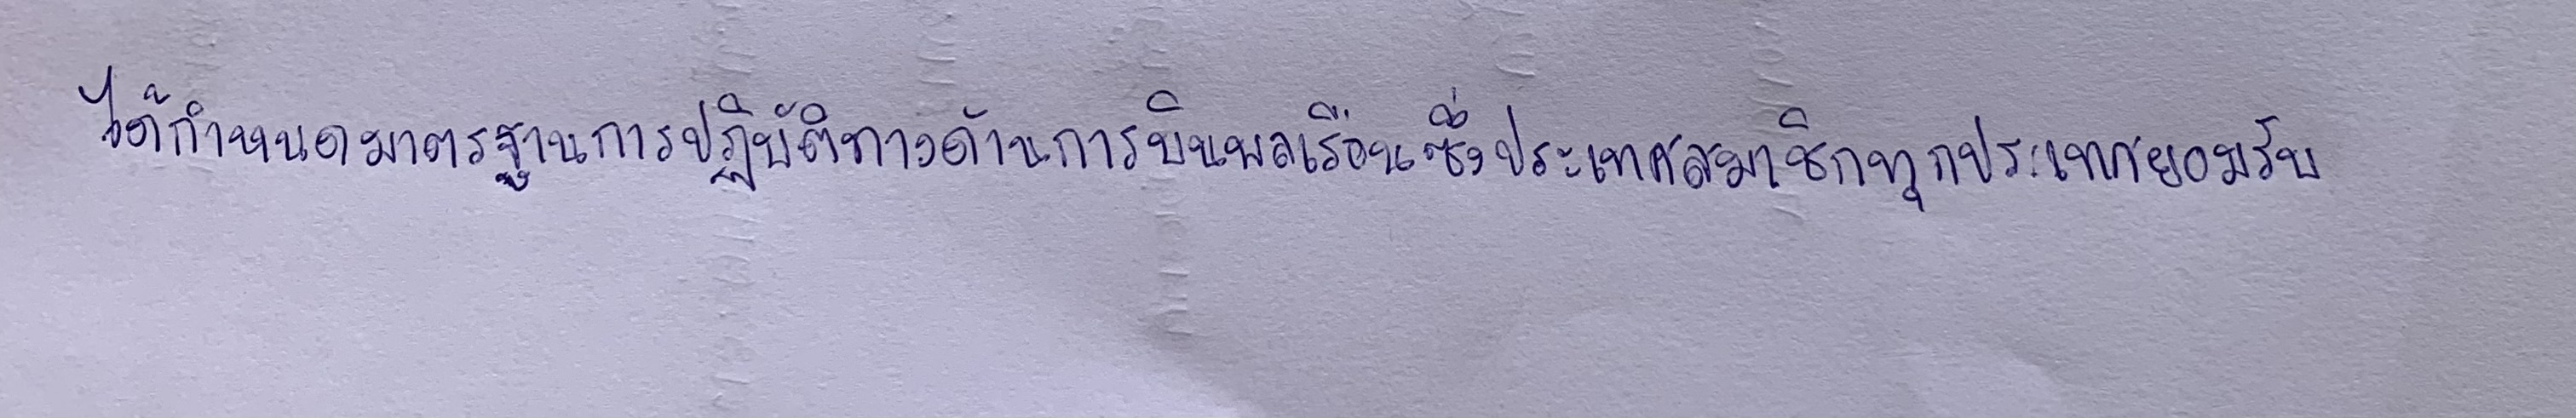
ได้กำหนดมาตรฐานการปฏิบัติทางด้านการบินพลเรือนซึ่งประเทศสมาชิกทุกประเทศยอมรับ